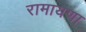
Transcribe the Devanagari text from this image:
रामायणा